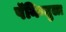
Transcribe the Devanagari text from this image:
पॅनिन्सुला